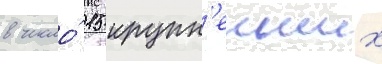
в число́ 15 крупн'еиших